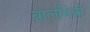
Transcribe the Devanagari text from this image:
बालमित्रो